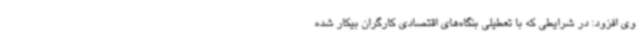
وی افزود: در شرایطی که با تعطیلی بنگاه‌های اقتصادی کارگران بیکار شده